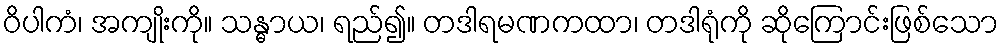
ဝိပါကံ၊ အကျိုးကို။ သန္ဓာယ၊ ရည်၍။ တဒါရမဏကထာ၊ တဒါရုံကို ဆိုကြောင်းဖြစ်သော